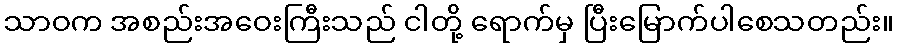
သာဝက အစည်းအဝေးကြီးသည် ငါတို့ ရောက်မှ ပြီးမြောက်ပါစေသတည်း။